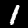
Label: 1